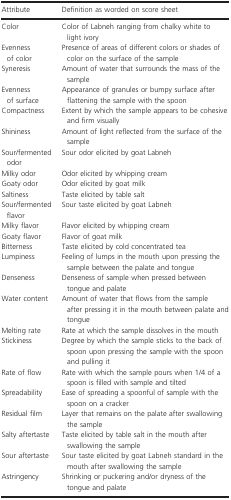
<table><thead><tr><td><b>Attribute</b></td><td><b>Definition as worded on score sheet</b></td></tr></thead><tbody><tr><td>Color</td><td>Color of Labneh ranging from chalky white to light ivory</td></tr><tr><td>Evenness of color</td><td>Presence of areas of different colors or shades of color on the surface of the sample</td></tr><tr><td>Syneresis</td><td>Amount of water that surrounds the mass of the sample</td></tr><tr><td>Evenness of surface</td><td>Appearance of granules or bumpy surface after flattening the sample with the spoon</td></tr><tr><td>Compactness</td><td>Extent by which the sample appears to be cohesive and firm visually</td></tr><tr><td>Shininess</td><td>Amount of light reflected from the surface of the sample</td></tr><tr><td>Sour/fermented odor</td><td>Sour odor elicited by goat Labneh</td></tr><tr><td>Milky odor</td><td>Odor elicited by whipping cream</td></tr><tr><td>Goaty odor</td><td>Odor elicited by goat milk</td></tr><tr><td>Saltiness</td><td>Taste elicited by table salt</td></tr><tr><td>Sour/fermented flavor</td><td>Sour taste elicited by goat Labneh</td></tr><tr><td>Milky flavor</td><td>Flavor elicited by whipping cream</td></tr><tr><td>Goaty flavor</td><td>Flavor of goat milk</td></tr><tr><td>Bitterness</td><td>Taste elicited by cold concentrated tea</td></tr><tr><td>Lumpiness</td><td>Feeling of lumps in the mouth upon pressing the sample between the palate and tongue</td></tr><tr><td>Denseness</td><td>Denseness of sample when pressed between tongue and palate</td></tr><tr><td>Water content</td><td>Amount of water that flows from the sample after pressing it in the mouth between palate and tongue</td></tr><tr><td>Melting rate</td><td>Rate at which the sample dissolves in the mouth</td></tr><tr><td>Stickiness</td><td>Degree by which the sample sticks to the back of spoon upon pressing the sample with the spoon and pulling it</td></tr><tr><td>Rate of flow</td><td>Rate with which the sample pours when 1/4 of a spoon is filled with sample and tilted</td></tr><tr><td>Spreadability</td><td>Ease of spreading a spoonful of sample with the spoon on a cracker</td></tr><tr><td>Residual film</td><td>Layer that remains on the palate after swallowing the sample</td></tr><tr><td>Salty aftertaste</td><td>Taste elicited by table salt in the mouth after swallowing the sample</td></tr><tr><td>Sour aftertaste</td><td>Sour taste elicited by goat Labneh standard in the mouth after swallowing the sample</td></tr><tr><td>Astringency</td><td>Shrinking or puckering and/or dryness of the tongue and palate</td></tr></tbody></table>